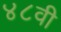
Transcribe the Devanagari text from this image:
४८वी